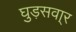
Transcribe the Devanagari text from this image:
घुड़सवा्र